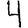
Digit: 4